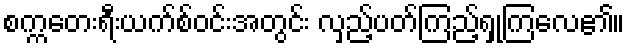
စက္ကတေးရီးယက်စ်ဝင်းအတွင်း လှည့်ပတ်ကြည့်ရှုကြလေ၏။